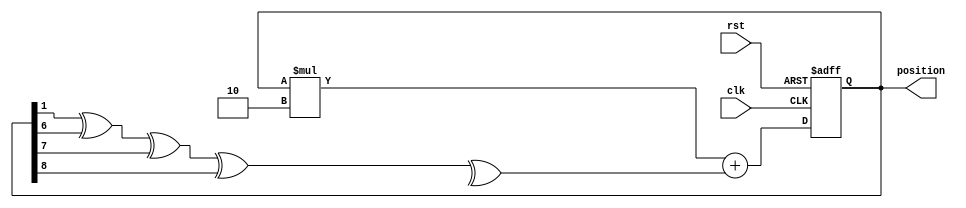
module random(clk, rst, position);
    input clk;
    input rst;
    output [11:0]position;
    
    reg [11:0]Q;
    reg [11:0]Q_TEMP;
    

    always@* Q_TEMP = Q*2 + (Q[1]^Q[6]^Q[7]^Q[8]^Q[12]);
        
    always@(posedge clk or posedge rst)
        if (rst) Q <= 12'b010110110101;
        else Q <= Q_TEMP;
                
    assign position = Q;
        
endmodule